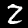
Digit: 2